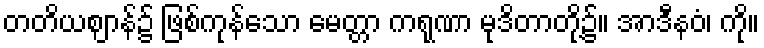
တတိယဈာန်၌ ဖြစ်ကုန်သော မေတ္တာ ကရုဏာ မုဒိတာတို့၌။ အာဒီနဝံ၊ ကို။